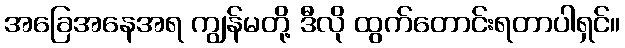
အခြေအနေအရ ကျွန်မတို့ ဒီလို ထွက်တောင်းရတာပါရှင်။